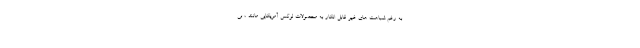
به رغم شباهت های غیر قابل انکار به محصولات لوکس آمریکایی مانند ، بی